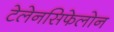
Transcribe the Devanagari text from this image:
टेलेनसिफेलोन